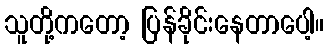
သူတို့ကတော့ ပြန်ခိုင်းနေတာပေါ့။